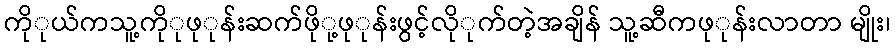
ကိုုယ်ကသူ့ကိုုဖုုန်းဆက်ဖိုု့ဖုုန်းဖွင့်လိုုက်တဲ့အချိန် သူ့ဆီကဖုုန်းလာတာ မျိုး၊